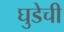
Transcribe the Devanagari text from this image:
घुडेची